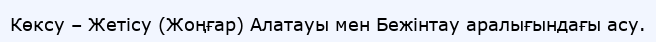
Көксу – Жетісу (Жоңғар) Алатауы мен Бежінтау аралығындағы асу.